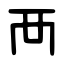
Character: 襾